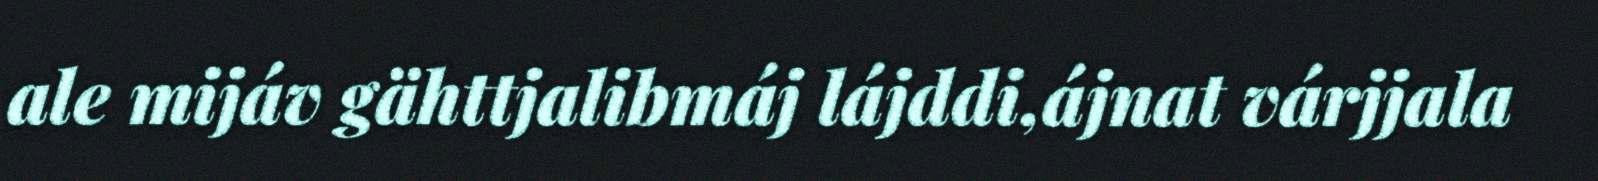
ale mijáv gähttjalibmáj lájddi,ájnat várjjala